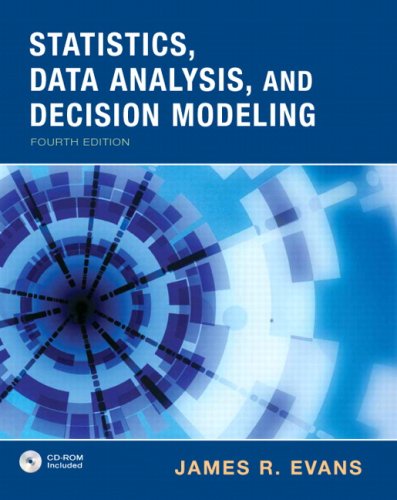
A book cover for Statistics, Data Analysis & Decision Modeling (4th Edition); James R. Evans; Business & Money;